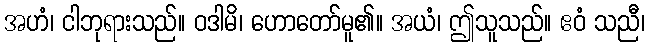
အဟံ၊ ငါဘုရားသည်။ ဝဒါမိ၊ ဟောတော်မူ၏။ အယံ၊ ဤသူသည်။ ဧဝံ သညီ၊